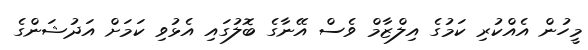
މީހުން އެއްކުރި ކަމުގެ އިލްޒާމް ވެސް އޭނާގެ ބޮލުގައި އެޅުވި ކަމަށް އަދުޝަންގެ